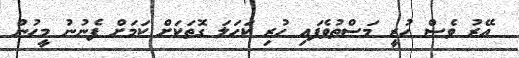
އޭރު ވެސް ހުރީ މަސްތުވެފައި ހުރި ކަހަލަ ގޮތަކަށް ކަމަށް ފެނުނު މީހުން